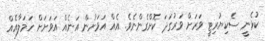
ކުޅެނީ ސެކިޔުރިޓީ ވަރަށް ވަރުގަދަ ކޮށްގެންނެވެ. އެއް އަވަށުން އަނެއް އަވަށަށް ހަމަލާއެއް